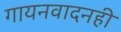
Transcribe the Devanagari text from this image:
गायनवादनही